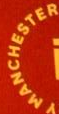
MANCHESTER